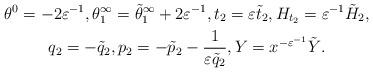
LaTeX: \begin{gather*} \theta^0=-2\varepsilon^{-1},\theta^\infty_1=\tilde{\theta}^\infty_1+2\varepsilon^{-1},t_2=\varepsilon \tilde{t}_2,H_{t_2}=\varepsilon^{-1}\tilde{H}_{2},\\q_2=-\tilde{q}_2,p_2=-\tilde{p}_2-\frac{1}{\varepsilon \tilde{q}_2}, Y=x^{-\varepsilon^{-1}}\tilde{Y}.\end{gather*}